Vaccination in Bombay 1889-1901 - 1889-1901
Year: 1889
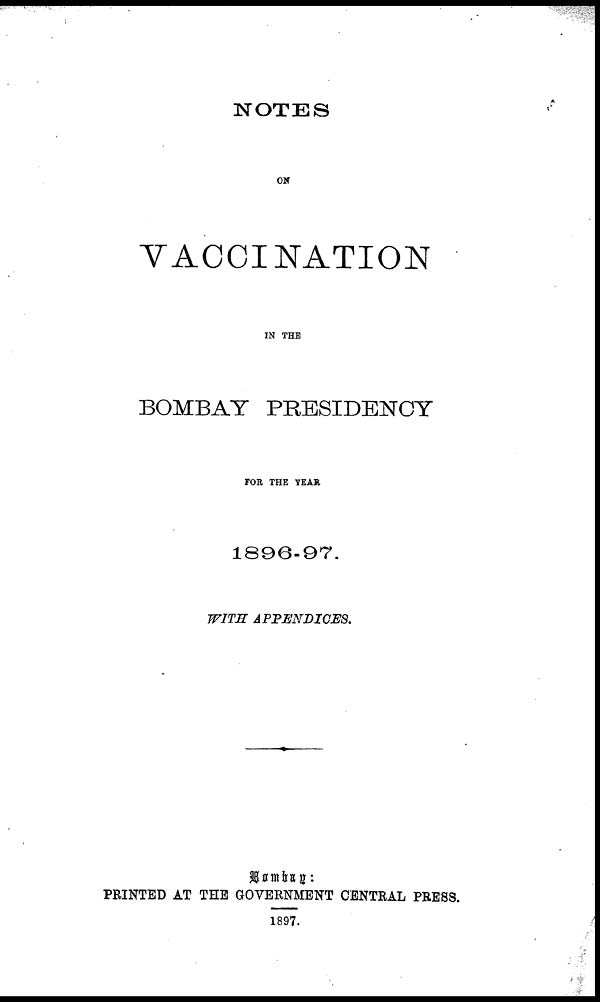
NOTES
ON
VACCINATION
IN THE
BOMBAY PRESIDENCY
FOR THE YEAR
1896-97.
WITH APPENDICES.
Bombay:
PRINTED AT THE GOVERNMENT CENTRAL PRESS.
1897.